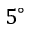
5 ^ { \circ }